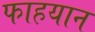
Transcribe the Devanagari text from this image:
फाहयान